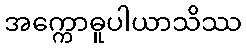
အက္ကောဓူပါယာသိဿ